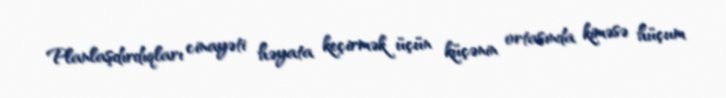
Planlaşdırdıqları cinayəti həyata keçirmək üçün küçənin ortasında kiməsə hüçum